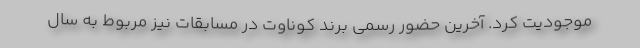
موجودیت کرد. آخرین حضور رسمی برند کوناوت در مسابقات نیز مربوط به سال